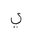
Letter: _ya